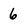
Character: 6